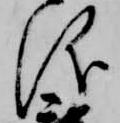
儀